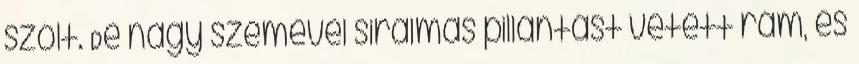
szólt. De nagy szemével siralmas pillantást vetett rám, és